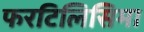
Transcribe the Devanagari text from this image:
फरटिलिसिमा